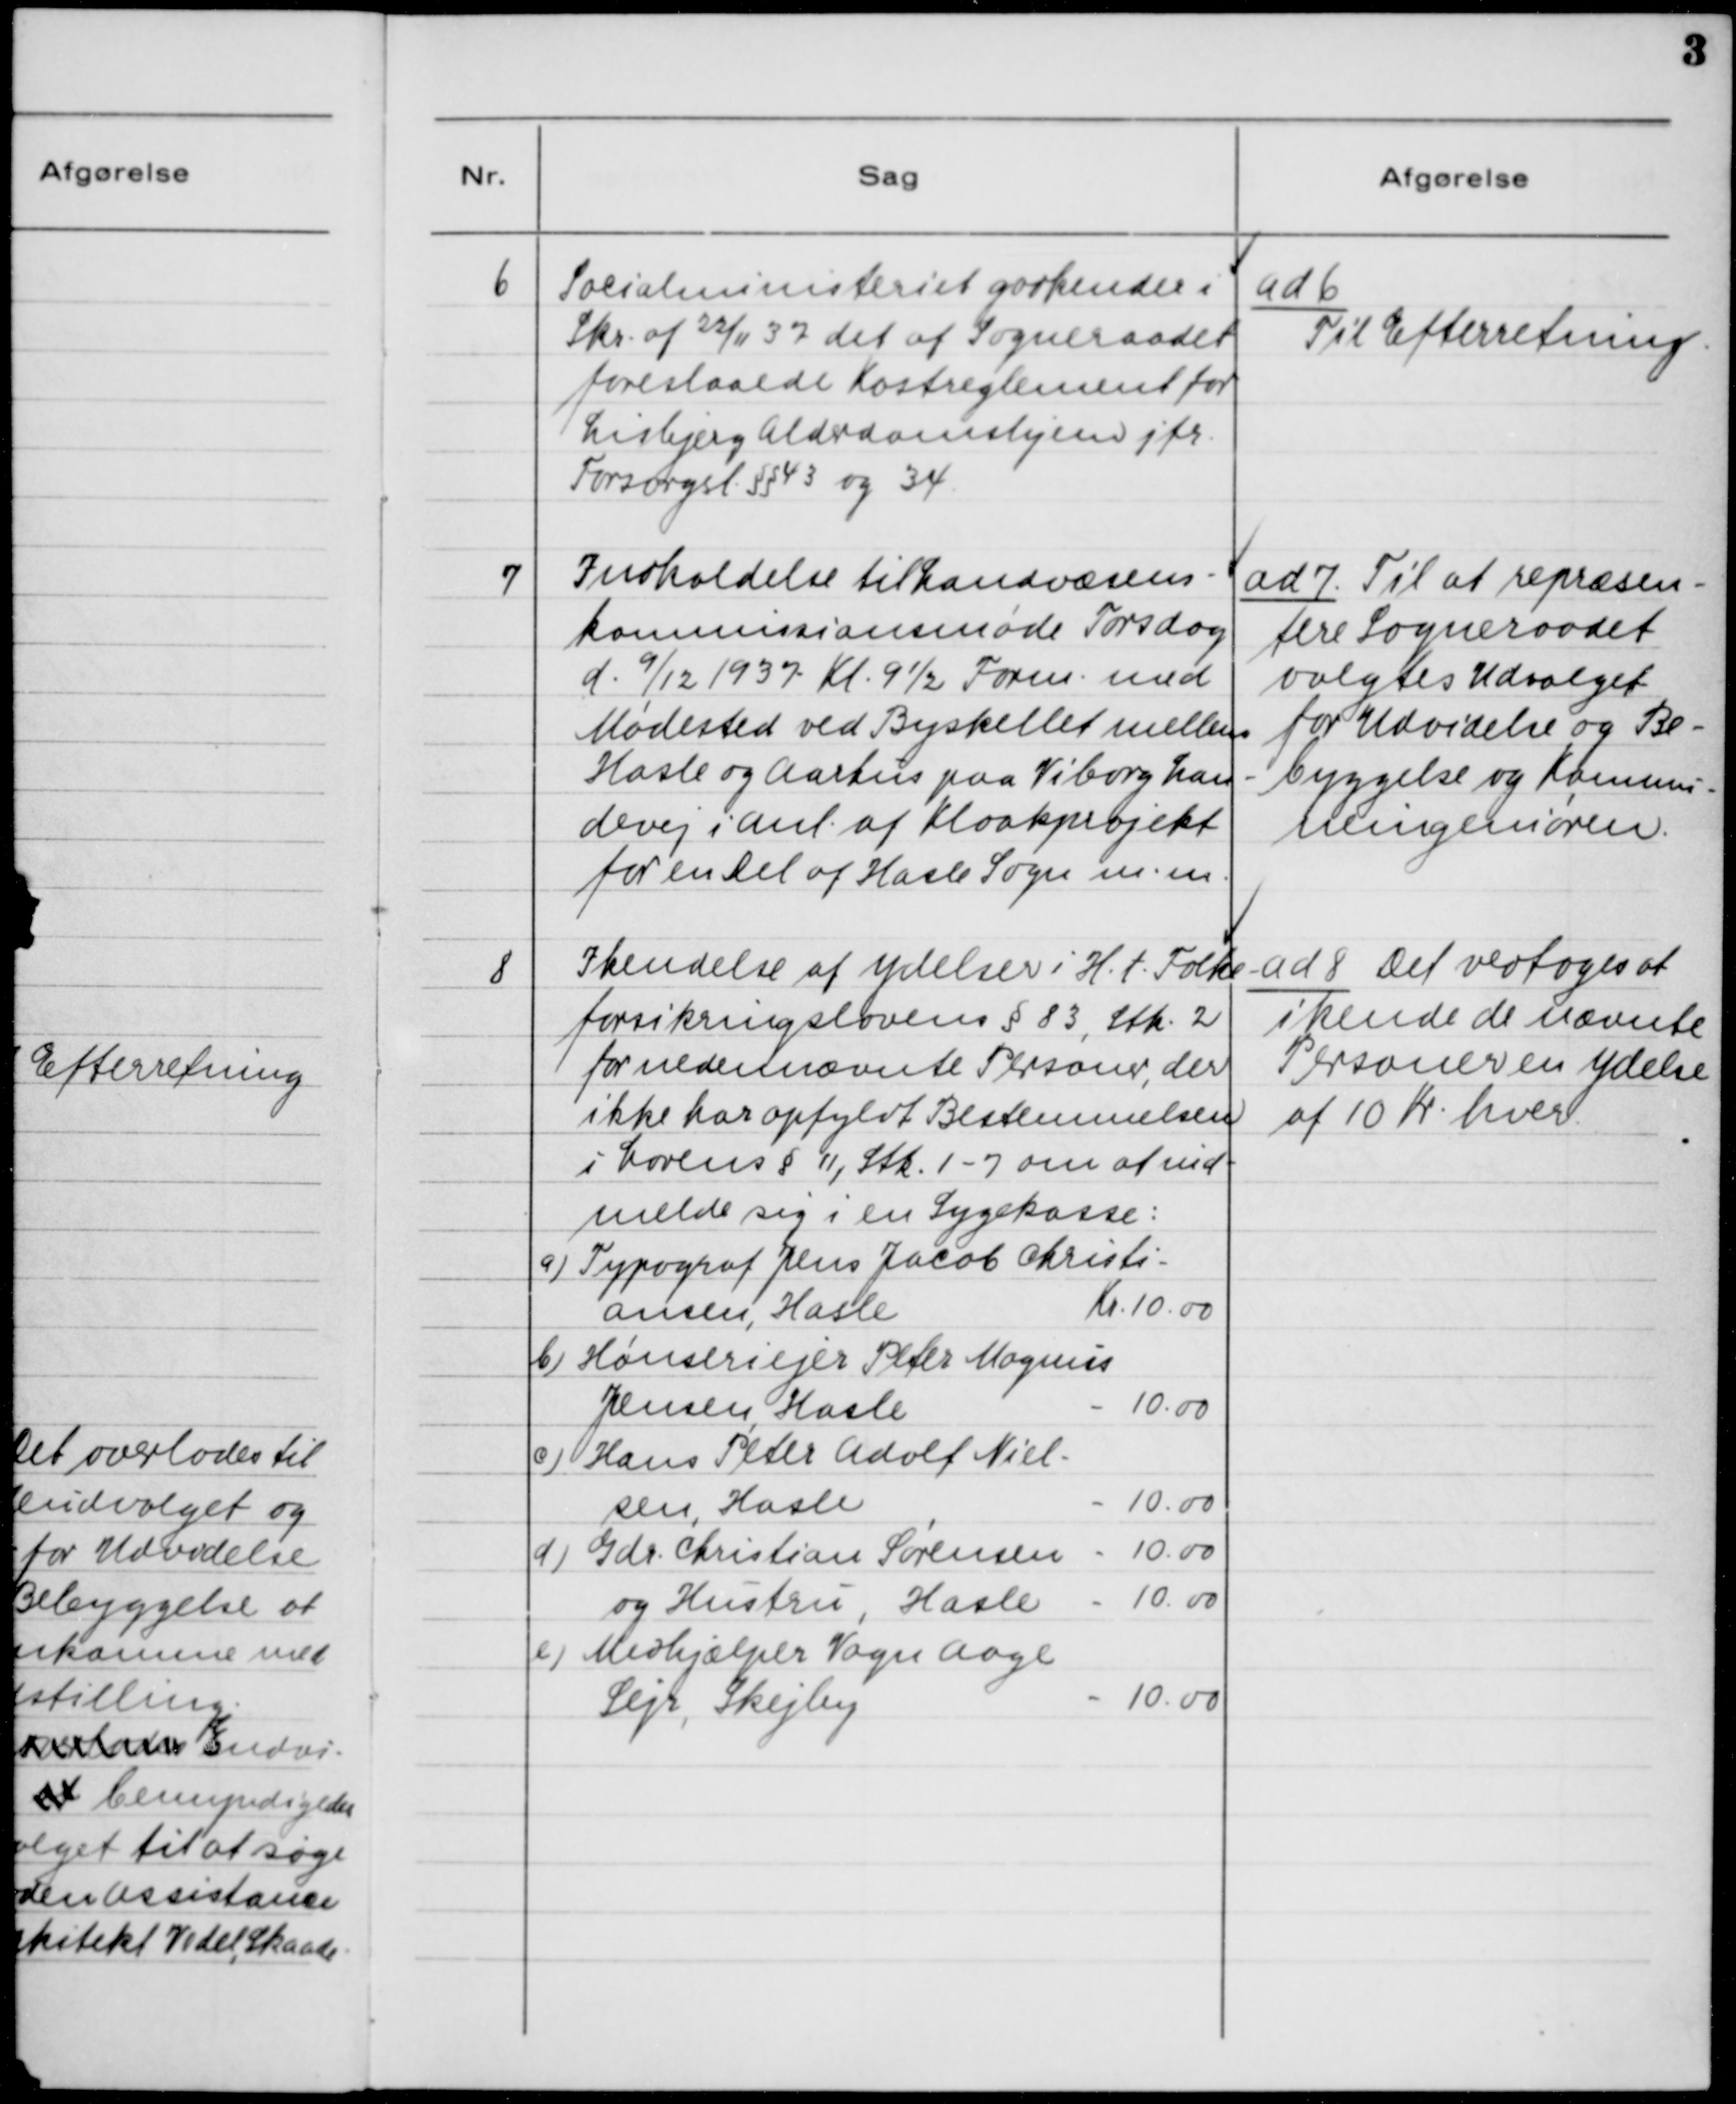
Transskription:
6
Socialministeriet godkender i
Skr. af 22/11 37 det af Sogneraadet
foreslaaede Kostreglement for
Lisbjerg Alderdomshjem jfr. 
Forsorgsl. §§43 og 34.

ad 6.
Til Efterretning

7
Indkaldelse til Landvæsens-
kommissionsmøde Torsdag
d. 9/12 1937 Kl. 9 1/2. Form. med
Mødested ved Byskellet mellem
Hasle og Aarhus paa Viborg Lan-
devej i Anl. af Kloakprojekt
for en Del af Hasle Sogn m.m.

ad 7. Til at repræsen-
tere Sogneraadet
valgtes Udvalget
for Udvidelse og Be-
byggelse og Kommu-
neingeniøren.

8.
Ikendelse af Ydelser i H.t. Folke-
forsikringslovens §83, Stk. 2
for nedennævnte Personer, der
ikke har opfyldt Bestemmelsen
i Lovens §11, Stk. 1-7 om at ind-
melde sig i en Sygekasse_
a) Typograf Jens Jacob Christi-
ansen, Hasle
kr. 10.00
b) Hønseriejer Peter Magnus
Jensen, Hasle
- 10.00
c) Hans Peter Adolf Niel-
sen. Hasle
- 10.00
d) Gdr. Christian Sørensen - 10.00
og Hustru, Hasle - 10.00
e) Medhjælper Vagn Aage
Sejr, Skejby
- 10.00

ad 8. Det vedtoges at
ikende de nævnte
Personer en Ydelse
af 10 Kr. hver.